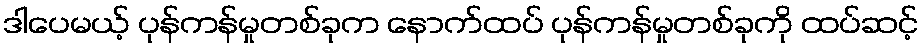
ဒါပေမယ့် ပုန်ကန်မှုတစ်ခုက နောက်ထပ် ပုန်ကန်မှုတစ်ခုကို ထပ်ဆင့်